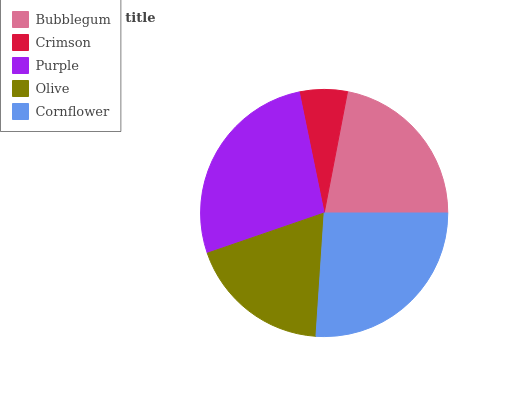
| Bubblegum | Crimson | Purple | Olive | Cornflower |
 | --- | --- | --- | --- | --- |
 | 22% | 6.24% | 27.1% | 18.6% | 26.1% |